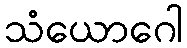
သံယောဂေါ